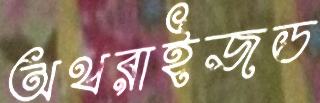
অথরাইজড